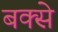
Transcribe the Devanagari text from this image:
बक्‍से